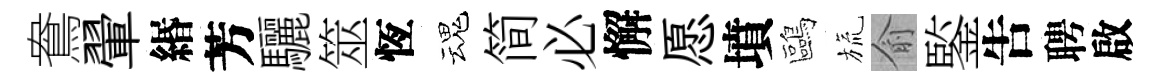
鴦翬緡芳驪筮恆魂简必懈愿墳鷗旒俞鍳吿聘啟